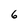
Character: 6